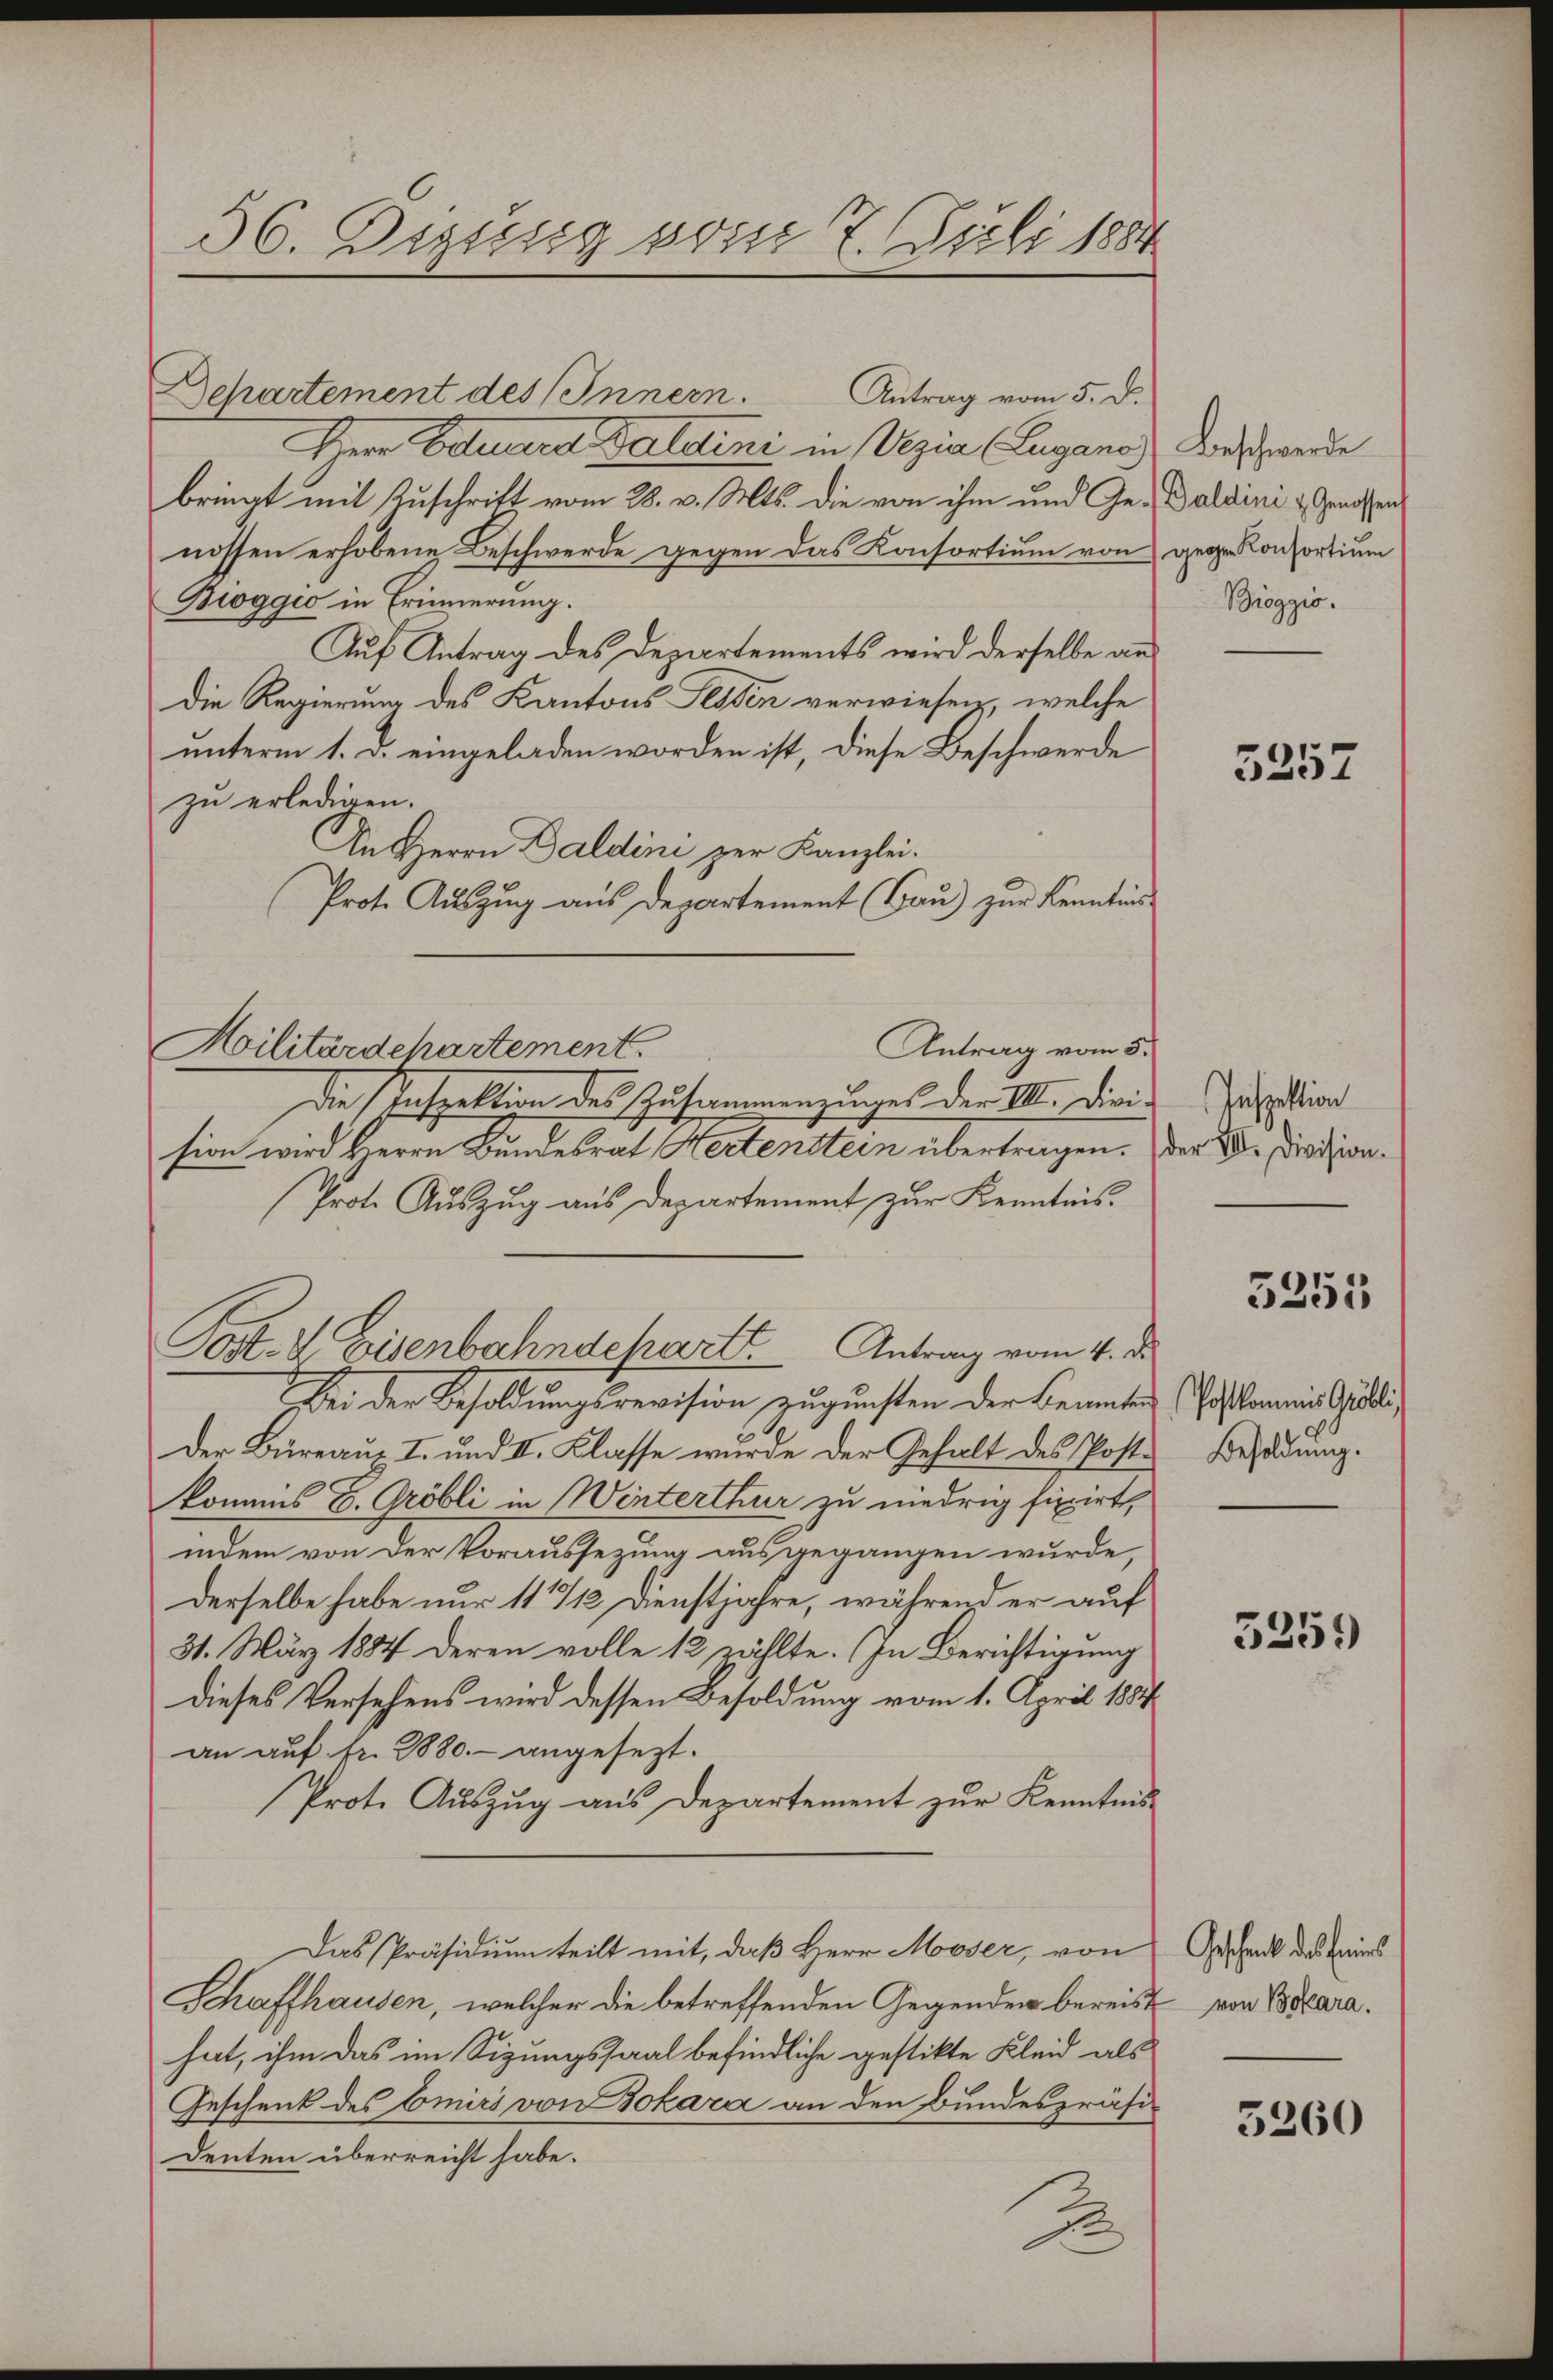
36. Dessig vom 7. Juli 1887

Antrag vom 5. d.
Departement des Innern.
Herr Eduard Saldini in Vezia Lugano
bringt mit Zuschrift vom 28. v. Mts. die von ihm und Ge-Daldini - Genossen
nossen erhobene Beschwerde gegen das Konsortium von gegenkonsortium
Boggio in Erinnerung.
Auf Antrag des Departements wird derselbe an¬
Die Regierung des Kantons Tessen verwiesen, welche
unterm 1. d. eingeladen worden ist, diese Beschwerde
zu erledigen.
In Herrn Daldini zur Kanzlei.
Prote Auszug aus Departement (Hau) zur Kenntnis-
Antrag vom 5.
Militärdchartement.
Die Inspektion des Zusammenzuges der VIII. Divisuption
sion wird Herrn Bundesrat Hertenstein übertragen. Der V. Division¬
Prot. Auszug aus Departement zur Kenntnis.
Post- & Eisenbahndepart. Antrag vom 4. d.
Bei der Besoldungsrevision zugunsten der Beamten
Der Büreaus I. und II. Klasse wurde der Gehalt des Post- Behadung.
kommis E. Gröbli in Winterthur zu niedrig fixirt,
indem von der Voraussezung ausgegangen wurde,
derselbe habe nur 11/12 Dienstjahre, während er auf
31. März 1884 deren volle 12 zählte. In Berichtigung
dieses Versehens wird dessen Besoldung vom 1. April 1887
an auf fr. 2880.– angesezt.
Prote Auszug aus Departement zur Kenntnis-
Das Präsidium teilt mit, daß Herr Moser, von
Schaffhausen, welcher die betreffenden Gegenden bereist
hat, ihm das im Sizungssaal befindliche gestikte Kleid als
Geschenk des Emirs von Bokara an den Bundespräsidenten überreicht habe.
xx

Beschwerde
Broggio.

5257

3251
Postkommis Gröbli

3259

Geschenck des feines
von Bokara.

5260